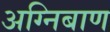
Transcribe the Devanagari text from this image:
अग्‍निबाण